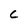
Character: C